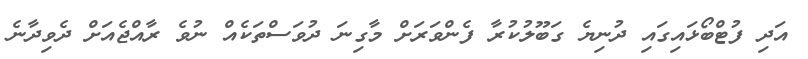
އަދި ފުޓްބޯޅައިގައި ދުނިޔެ ގަބޫލުކުރާ ފެންވަރަށް މާގިނަ ދުވަސްތަކެއް ނުވެ ރާއްޖެއަށް ދެވިދާނެ